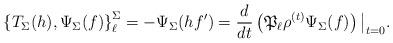
LaTeX: \begin{align*} \left\{ T_\Sigma(h), \Psi_\Sigma(f) \right\}_\ell^\Sigma = - \Psi_\Sigma(h f') = \frac{d}{dt} \left( \mathfrak{P}_{\ell} \rho^{(t)} \Psi_\Sigma(f) \right)\big|_{t = 0}. \end{align*}